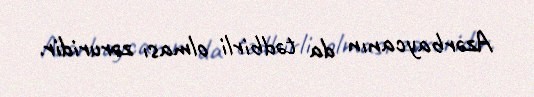
Azərbaycanın da tədbirli olması zəruridir.